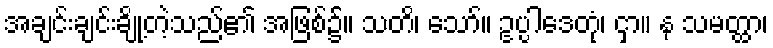
အချင်းချင်းချို့တဲ့သည်၏ အဖြစ်၌။ သတိ၊ သော်။ ဥပ္ပါဒေတုံ၊ ငှာ။ န သမတ္ထာ၊